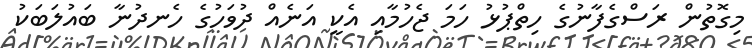
މިގޮތުން ރަސްގެފާނުގެ ހިތްޕުޅު ހަމަ ޖެހުމާއި އެކީ އަނެއް ދުވަހުގެ ހެނދުނާ ބައުލަބަކު